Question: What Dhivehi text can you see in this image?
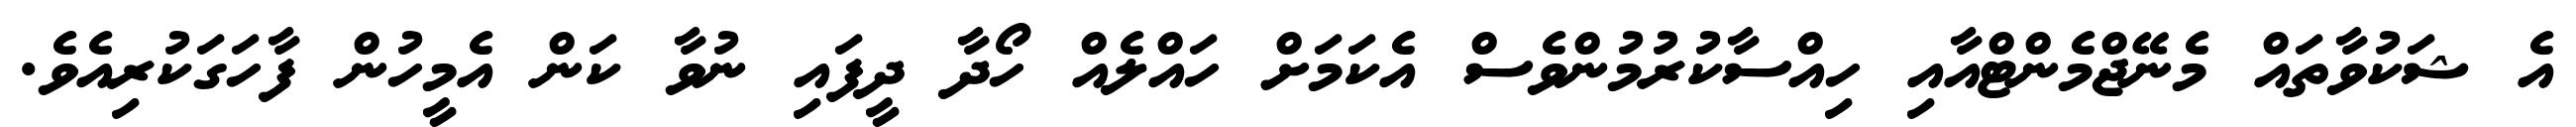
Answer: އެ ޝަކުވާތައް މެނޭޖްމެންޓްއާއި ހިއްސާކުރުމުންވެސް އެކަމަށް ހައްލެއް ހޯދާ ދީފައި ނުވާ ކަން އެމީހުން ފާހަގަކުރިއެވެ.